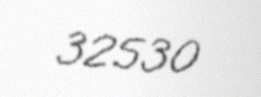
32530